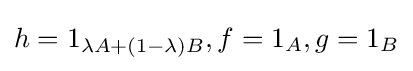
{\textstyle h=1_{\lambda A+(1-\lambda )B},f=1_{A},g=1_{B}}